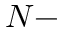
N -